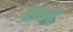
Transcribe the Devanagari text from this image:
स्वसृ